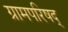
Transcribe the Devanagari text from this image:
ग्रामपरिषद्